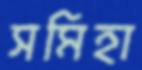
সমিহা